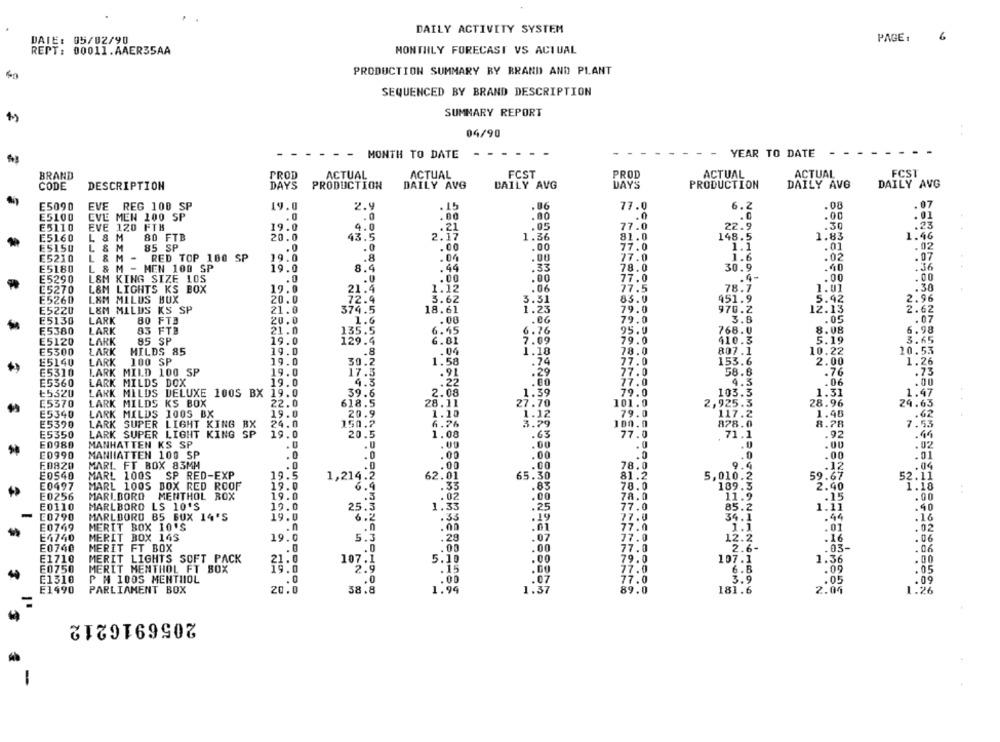
DAILY ACTIVITY SYSTEM
6
DATE: 05/02/90
PAGE :
REPT: 00011.AAER35AA
NONTIILY FORECAST VS ACTUAL
PRODUCTION SUMMARY BY BRAND AND PLANT
SEQUENCED BY BRAND DESCRIPTION
SUMMARY REPORT
04/90
MONTH TO DATE
. -
YEAR TO DATE
-
BRAND
PROD
ACTUAL
ACTUAL
FCST
PROD
ACTUAL
ACTUAL
FCST
CODE
DESCRIPTION
DAYS
PRODUCTION
DAILY AVG
DAILY AVG
DAYS
PRODUCTION
DAILY AVG
DAILY AVG
E5090
EVE REG 100 SP
2.9
. 15
.06
77.0
6.2
.08
. 07
E5100
.00
.0
.0
.00
EVE MEN 100 SP
. 0
. 0
.00
E5110
EVE 120 FTK
19.0
4.0
.21
.05
77.0
22.9
.30
.23
E5160
L & M
80 FTB
20.0
43.5
2.17
1.36
81.0
148.5
1.83
1.46
E5150
L & M
85 SP
. .. 0
.00
.00
77.0
1.1
.01
.02
E5210
L & M -
RED TOP 100 SP
19.0
.8
.04
.OU
77.0
1.6
.02
.07
E5180
L & M - MEN 100 SP
19.0
8.4
.44
.33
78.0
30.9
.40
.36
E5290
L&M KING SIZE 10S
.0
.00
.00
77.0
.4-
.00
.00
E5270
L&M LIGHTS KS BOX
19.0
21.4
1.12
.06
77.5
78.7
1.01
.30
E5260
LAM MILUS BUX
20.0
72.4
3.62
3.51
83.0
951.9
5.92
2.96
E5220
L&M MILDS KS SP
21.0
374.5
18.61
1.23
79.0
970.2
12.13
2.62
E5130
LARK
20.0
.08
.0G
79.0
3.8
.05
.07
80 FTB
1.6
E5380
LARK
83 FTB
21.0
135.5
6.45
6.76
95.0
768.0
8.08
6.98
E5120
LARK
85 SP
19.0
129.4
6.81
7.09
79.0
410.3
5.19
3.65
E5300
LARK
MILDS 85
19.0
.8
.04
1.18
78.0
807.1
10.22
10.53
E5140
LARK
100 SP
19.0
30.2
1.58
.74
77.0
153.6
2.00
1.26
E5310
LARK MILD 100 SP
19.0
17.5
.91
77.0
58.8
.76
.73
.29
E5360
LARK MILDS DOX
19.0
4.3
.22
77.0
4.5
. 06
.00
₺5320
LARK MILDS DELUXE 100S BX 19.0
39.6
2.08
1.39
79.0
103.3
1.31
1.47
E5370
LARK MILDS KS BOX
22.0
618.5
28.11
27.70
101.0
2,925.3
28.96
24.63
E5340
LARK MILDS 1005 BX
19.0
20.9
1.10
1.12
79.0
117.2
1.48
.62
E5390
LARK SUPER LIGHT KING BX
24.0
150 .?
6.76
3.79
100.0
878.0
8.78
7.53
E5350
LARK SUPER LIGHT KING SP
19.0
20.5
.63
77.0
71.1
.92
.99
E0980
MANHATTEN KS SP
. U
.U
.00
.00
. 0
.0
.02
E0990
MANHATTEN 100 SP
.0
.0
.00
.00
.0
.0
.00
. 01
E0820
MARL FT BOX 83MM
.00
.00
78.0
9.4
.12
E0540
MARL 100S
SP RED-EXP
19.
81.2
59.67
1,214:2
62.01
65.30
5,010.2
52.11
E0497
MARL 100S BOX RED ROOF
19.0
6.4
.35
.83
78.0
189.3
2.40
1.18
E0256
MARLBORO
MENTHOL ROX
19.0
.02
78.0
11.9
E0110
MARLBORO LS 10'S
25.3
1.35
77.0
85.2
1.11
.40
E0790
MARLBORO 85 BUX 14'S
6.2
.33
77.0
34.1
.44
.16
E0749
MERIT BOX 10'S
.0
.n
77.0
.02
1.1
.01
E4740
MERIT BOX 14S
5.3
.28
.07
77.0
12.2
.16
. 06
E0740
MERIT FT BOX
.0
.00
.00
77.0
2.6-
.03-
.06
E1710
MERIT LIGHTS SOFT PACK
107.1
5.10
.00
79.0
107.1
1.36
.00
E0750
MERIT MENTHOL FT BOX
.00
77.0
6.8
.09
.05
E1310
P M 100S MENTHOL
0
77.0
3.9
.09
E1490
PARLIAMENT BOX
20.0
38.8
1.99
1:37
89.0
181.6
2.04
1.26
2056916212